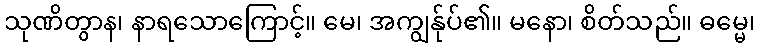
သုဏိတွာန၊ နာရသောကြောင့်။ မေ၊ အကျွန်ုပ်၏။ မနော၊ စိတ်သည်။ ဓမ္မေ၊